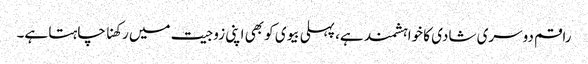
راقم دوسری شادی کا خواہشمند ہے، پہلی بیوی کو بھی اپنی زوجیت میں رکھنا چاہتا ہے۔